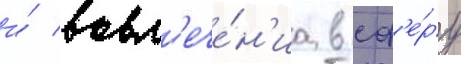
и́ вовл'ече́н'иа в сф'е́ру